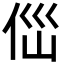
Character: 㑎